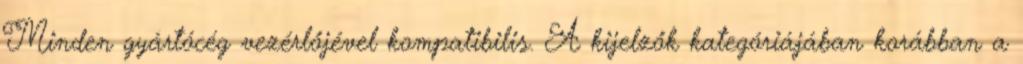
Minden gyártócég vezérlőjével kompatibilis. A kijelzők kategóriájában korábban a